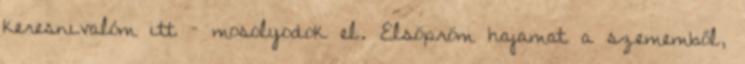
keresnivalóm itt – mosolyodok el. Elsöpröm hajamat a szememből,